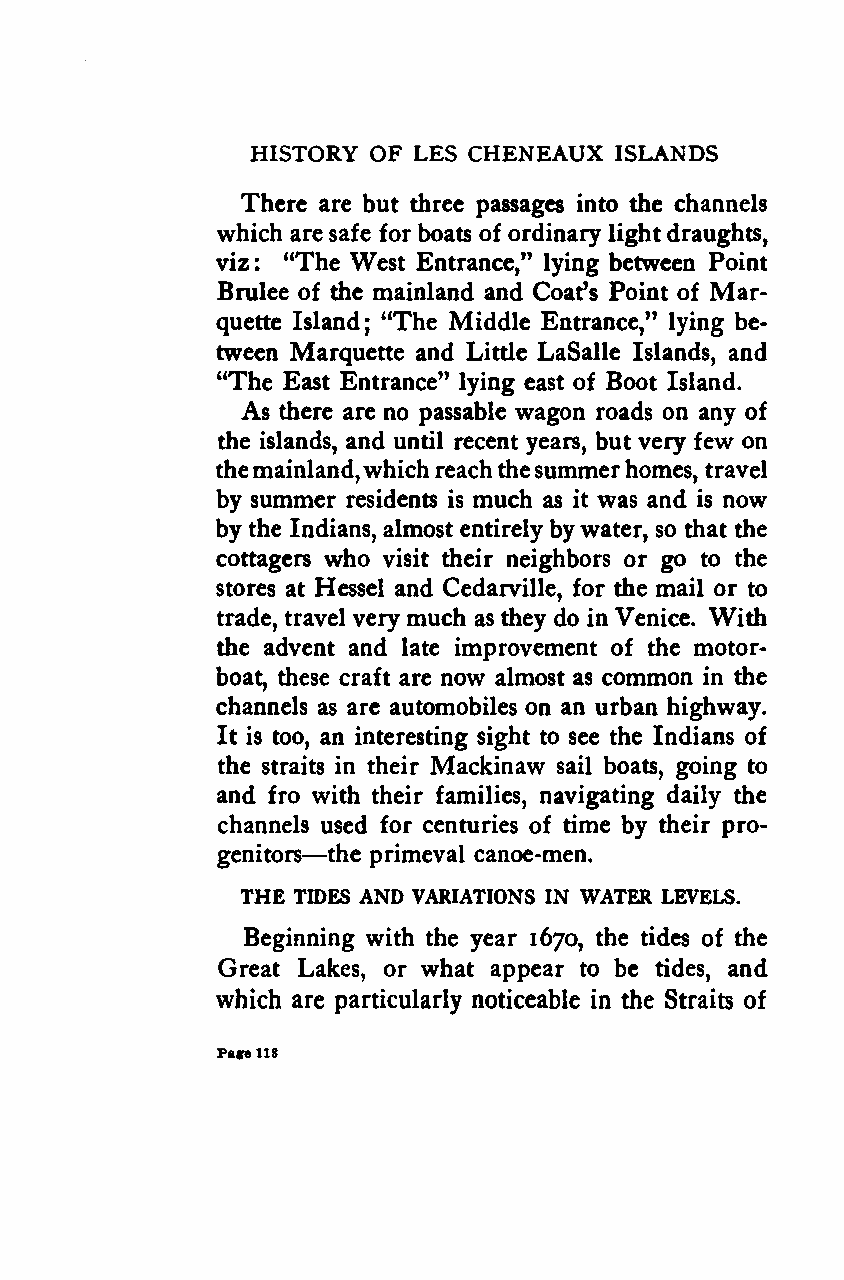
HISTORY OF LES CHENEAUX ISLANDS
 There are but three passages into the channels
 which are safe for boats of ordinary lightdraughts,
 viz  "The West Entrance," lying between Point
 :
 Brulee of the mainland and Coat's Point of Mar-
 quette Island; "The Middle Entrance," lying be-
 tween Marquette and Little LaSalle Islands, and
 "The East Entrance" lying east of Boot Island.
 As there are no passable wagon roads on any of
 the islands, and until recent years, but very few on
 themainland,whichreachthesummerhomes, travel
 by summer residents is much as it was and is now
 by the Indians, almost entirely bywater, so that the
 cottagers who visit their neighbors or go to the
 stores at Hessel and Cedarville, for the mail or to
 trade, travel very much as they do in Venice. With
 the advent and late improvement of the motor-
 boat, these craft are now almost as common in the
 channels as are automobiles on an urban highway.
 It is too, an interesting sight to see the Indians of
 the straits in their Mackinaw sail boats, going to
 and fro with their families, navigating daily the
 channels used for centuries of time by their pro-
 —
 genitors the primeval canoe-men.
 THE TIDES AND VARIATIONS IN WATER LEVELS.
 Beginning with the year 1670, the tides of the
 Great Lakes, or what appear to be tides, and
 which are particularly noticeable in the Straits of
 Page118
 Google
 Digitizedby